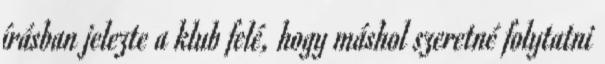
írásban jelezte a klub felé, hogy máshol szeretné folytatni